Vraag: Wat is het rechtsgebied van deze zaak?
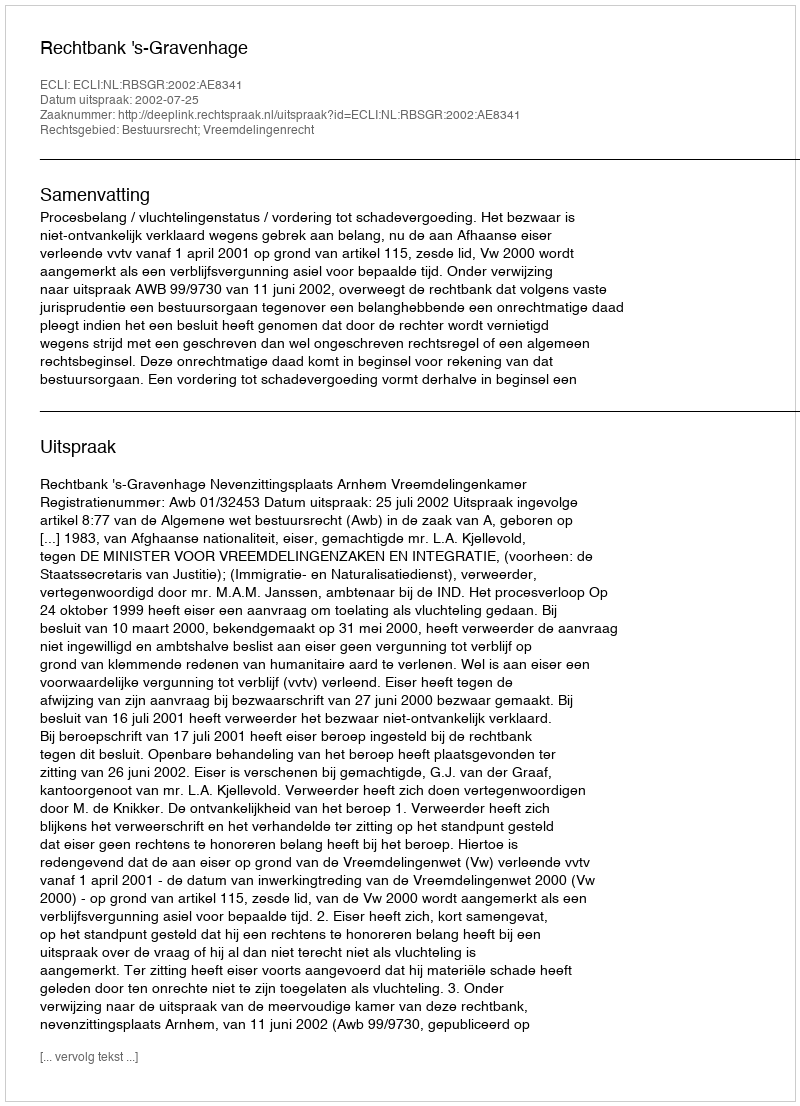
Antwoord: Bestuursrecht; Vreemdelingenrecht